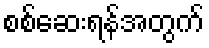
စစ်ဆေးရန်အတွက်